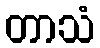
တာသံ